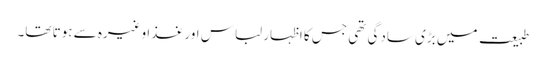
طبیعت میں بڑی سادگی تھی جس کا اظہار لباس اور غذا وغیرہ سے ہوتا تھا۔